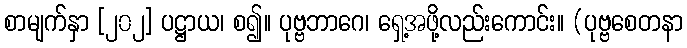
စာမျက်နှာ [၂၀၂] ပဋ္ဌာယ၊ စ၍။ ပုဗ္ဗဘာဂေ၊ ရှေ့အဖို့လည်းကောင်း။ (ပုဗ္ဗစေတနာ